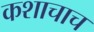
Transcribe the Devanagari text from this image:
कशाचाच